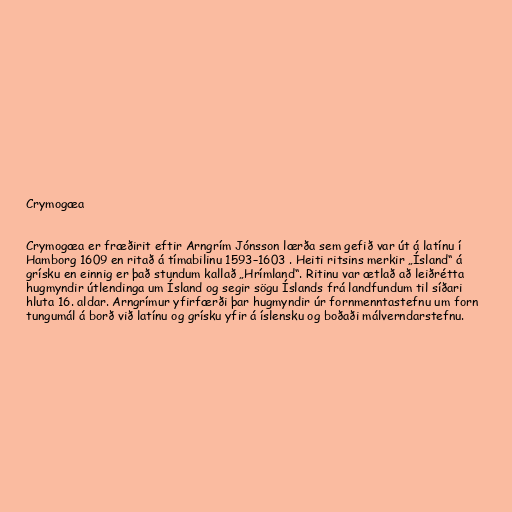
Crymogæa

Crymogæa er fræðirit eftir Arngrím Jónsson lærða sem gefið var út á latínu í
Hamborg 1609 en ritað á tímabilinu 1593–1603 . Heiti ritsins merkir „Ísland“ á
grísku en einnig er það stundum kallað „Hrímland“. Ritinu var ætlað að leiðrétta
hugmyndir útlendinga um Ísland og segir sögu Íslands frá landfundum til síðari
hluta 16. aldar. Arngrímur yfirfærði þar hugmyndir úr fornmenntastefnu um forn
tungumál á borð við latínu og grísku yfir á íslensku og boðaði málverndarstefnu.